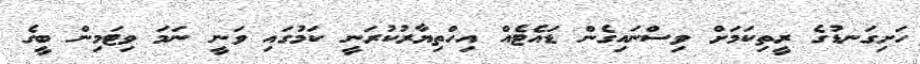
ހަށިގަނޑުގެ ރީތިކަމަށް ވިސްނައިގެން ޑައެޓެއް އިހްތިޔާރުކުރަނީ ކަމުގައި ވަނީ ނަމަ ވިޓަމިން ބީގެ